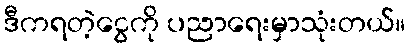
ဒီကရတဲ့ငွေကို ပညာရေးမှာသုံးတယ်။